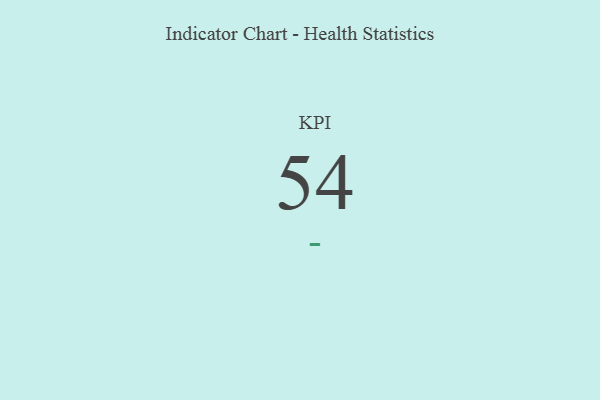
{"axis": {"x": "KPI", "y": "Value"}, "legend": [""], "data": [{"x": "KPI", "y": 54, "type": ""}]}